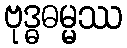
ဗုဒ္ဓဓမ္မဿ